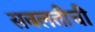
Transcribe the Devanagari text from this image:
सवलतीची